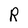
Character: R